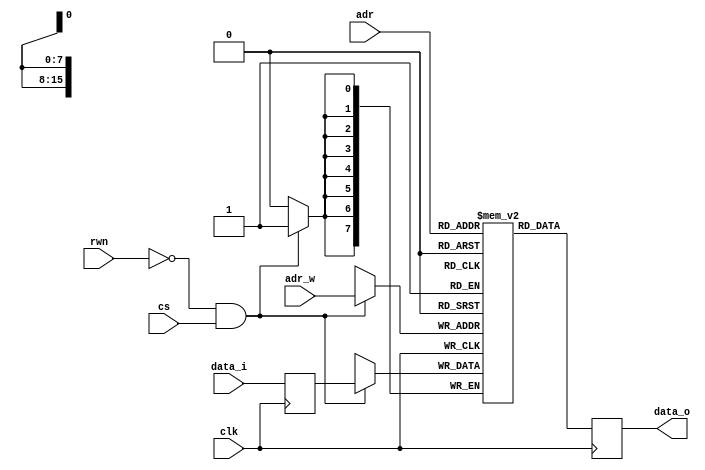
module instram(clk, adr, adr_w, rwn, cs, data_i, data_o);
	input clk;
	input [15:0] adr;
    input [15:0] adr_w;
    input rwn;
    input cs;
    input [7:0] data_i;
	output [7:0] data_o;
	reg [7:0] data_o; 
    reg [7:0] data_i_delay;

	reg [7:0] mem [65536];
    
	always @(posedge clk) data_o <= mem[adr];

    always @(posedge clk) data_i_delay <= data_i;

    always @(posedge clk)
    begin
        if(!rwn && cs) mem[adr_w] <= data_i_delay;
    end
endmodule